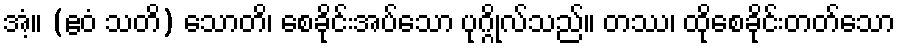
အံ့။ (ဧဝံ သတိ) သောတိ၊ စေခိုင်းအပ်သော ပုဂ္ဂိုလ်သည်။ တဿ၊ ထိုစေခိုင်းတတ်သော